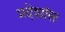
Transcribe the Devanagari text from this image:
प्रदेशांस